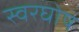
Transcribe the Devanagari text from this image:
स्वरघोष